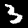
Label: 3